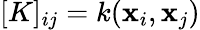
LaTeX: [K]_{ij}=k(\mathbf{x}_{i},\mathbf{x}_{j})